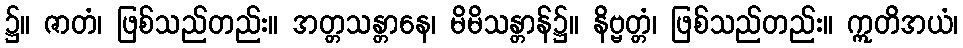
၌။ ဇာတံ၊ ဖြစ်သည်တည်း။ အတ္တသန္တာနေ၊ မိမိသန္တာန်၌။ နိဗ္ဗတ္တံ၊ ဖြစ်သည်တည်း။ ဣတိအယံ၊